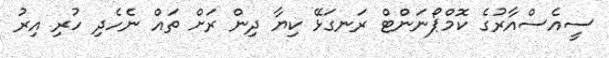
ސީއެސްއާރުގެ ކޮމްޕޯނަންޓް ރަނގަޅޭ ކިޔާ ދިން ރަށް ތައް ނެހެދި ހުރި އިރު